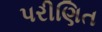
પરીણિત